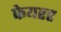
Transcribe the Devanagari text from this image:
फेयरर